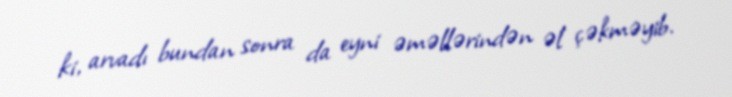
ki, arvadı bundan sonra da eyni əməllərindən əl çəkməyib.